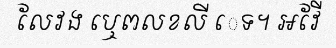
លែវង ឬេពលខលី េទ។ អវែី